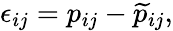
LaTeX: \epsilon_{ij}=p_{ij}-\widetilde{p}_{ij},